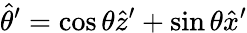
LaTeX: \hat{\theta}^{\prime}=\cos\theta\hat{z}^{\prime}+\sin\theta\hat{x}^{\prime}